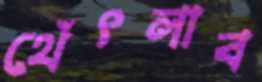
থেঁৎলাব